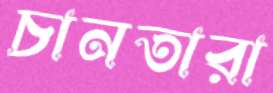
চানতারা